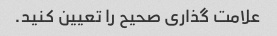
علامت گذاری صحیح را تعیین کنید.